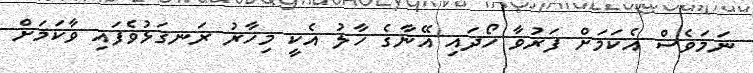
ނަމަވެސް އެކަމަށް ފަރުވާ ހޯދައި އޭނާގެ ހާލު އެކީ މިހާރު ރަނގަޅުވެފައި ވާކަމަށް